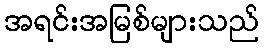
အရင်းအမြစ်များသည်